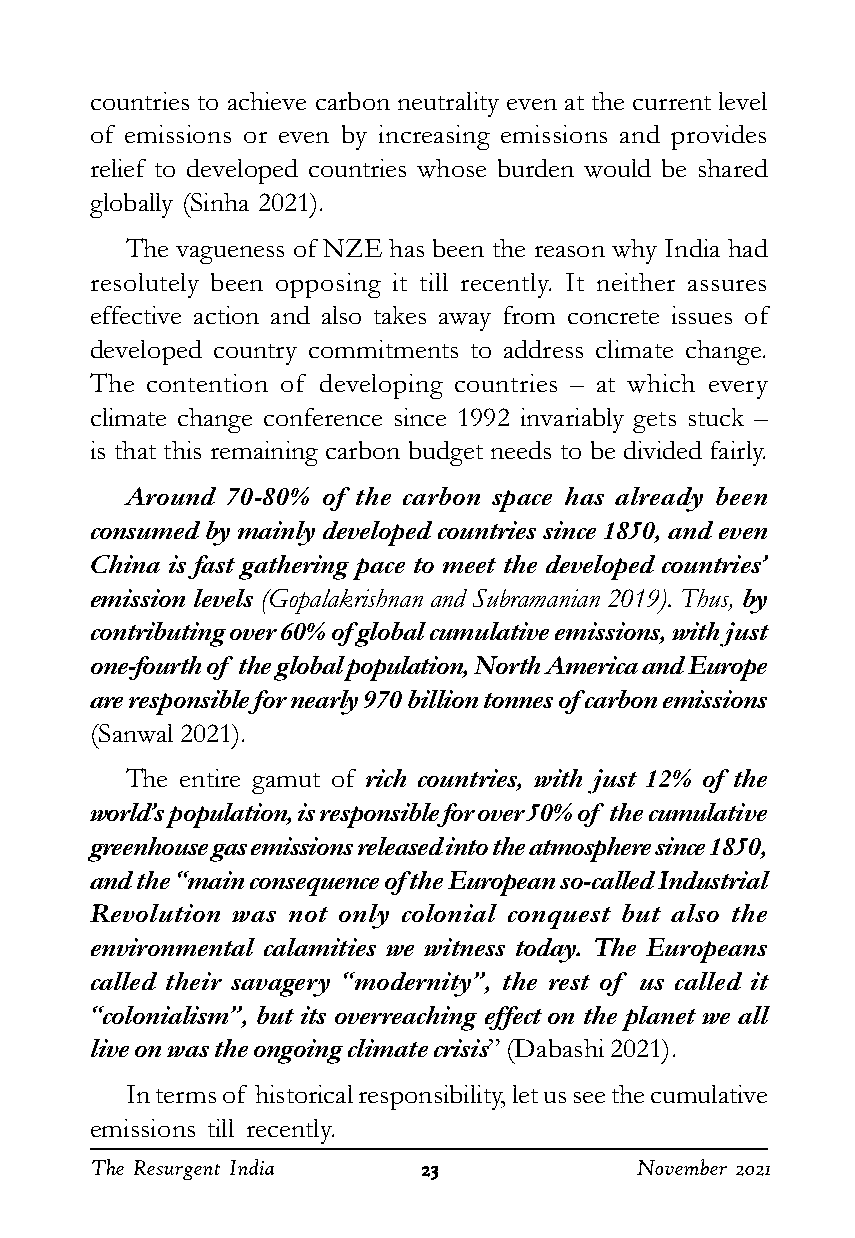
countries to achieve carbon neutrality even at the current level
 of emissions or even by increasing emissions and provides
 relief to developed countries whose burden would be shared
 globally (Sinha 2021).
 The vagueness of NZE has been the reason why India had
 resolutely been opposing it till recently. It neither assures
 effective action and also takes away from concrete issues of
 developed country commitments to address climate change.
 The contention of developing countries – at which every
 climate change conference since 1992 invariably gets stuck –
 is that this remaining carbon budget needs to be divided fairly.
 Around 70-80% of the carbon space has already been
 consumed by mainly developed countries since 1850, and even
 China is fast gathering pace to meet the developed countries’
 emission levels (Gopalakrishnan and Subramanian 2019). Thus, by
 contributing over 60% of global cumulative emissions, with just
 one-fourth of the global population, North America and Europe
 are responsible for nearly 970 billion tonnes of carbon emissions
 (Sanwal 2021).
 The entire gamut of rich countries, with just 12% of the
 world’s population, is responsible for over 50% of the cumulative
 greenhouse gas emissions released into the atmosphere since 1850,
 and the “main consequence of the European so-called Industrial
 Revolution was not only colonial conquest but also the
 environmental calamities we witness today. The Europeans
 called their savagery “modernity”, the rest of us called it
 “colonialism”, but its overreaching effect on the planet we all
 live on was the ongoing climate crisis” (Dabashi 2021).
 In terms of historical responsibility, let us see the cumulative
 emissions till recently.
 The Resurgent India   2222233333    November 2021